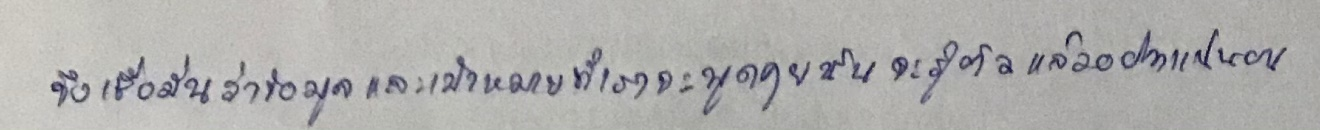
จึงเชื่อมั่นว่าข้อมูลและเป้าหมายที่เราจะพูดคุยนั้นน่าจะรู้ตัวแล้วอย่างแน่นอน